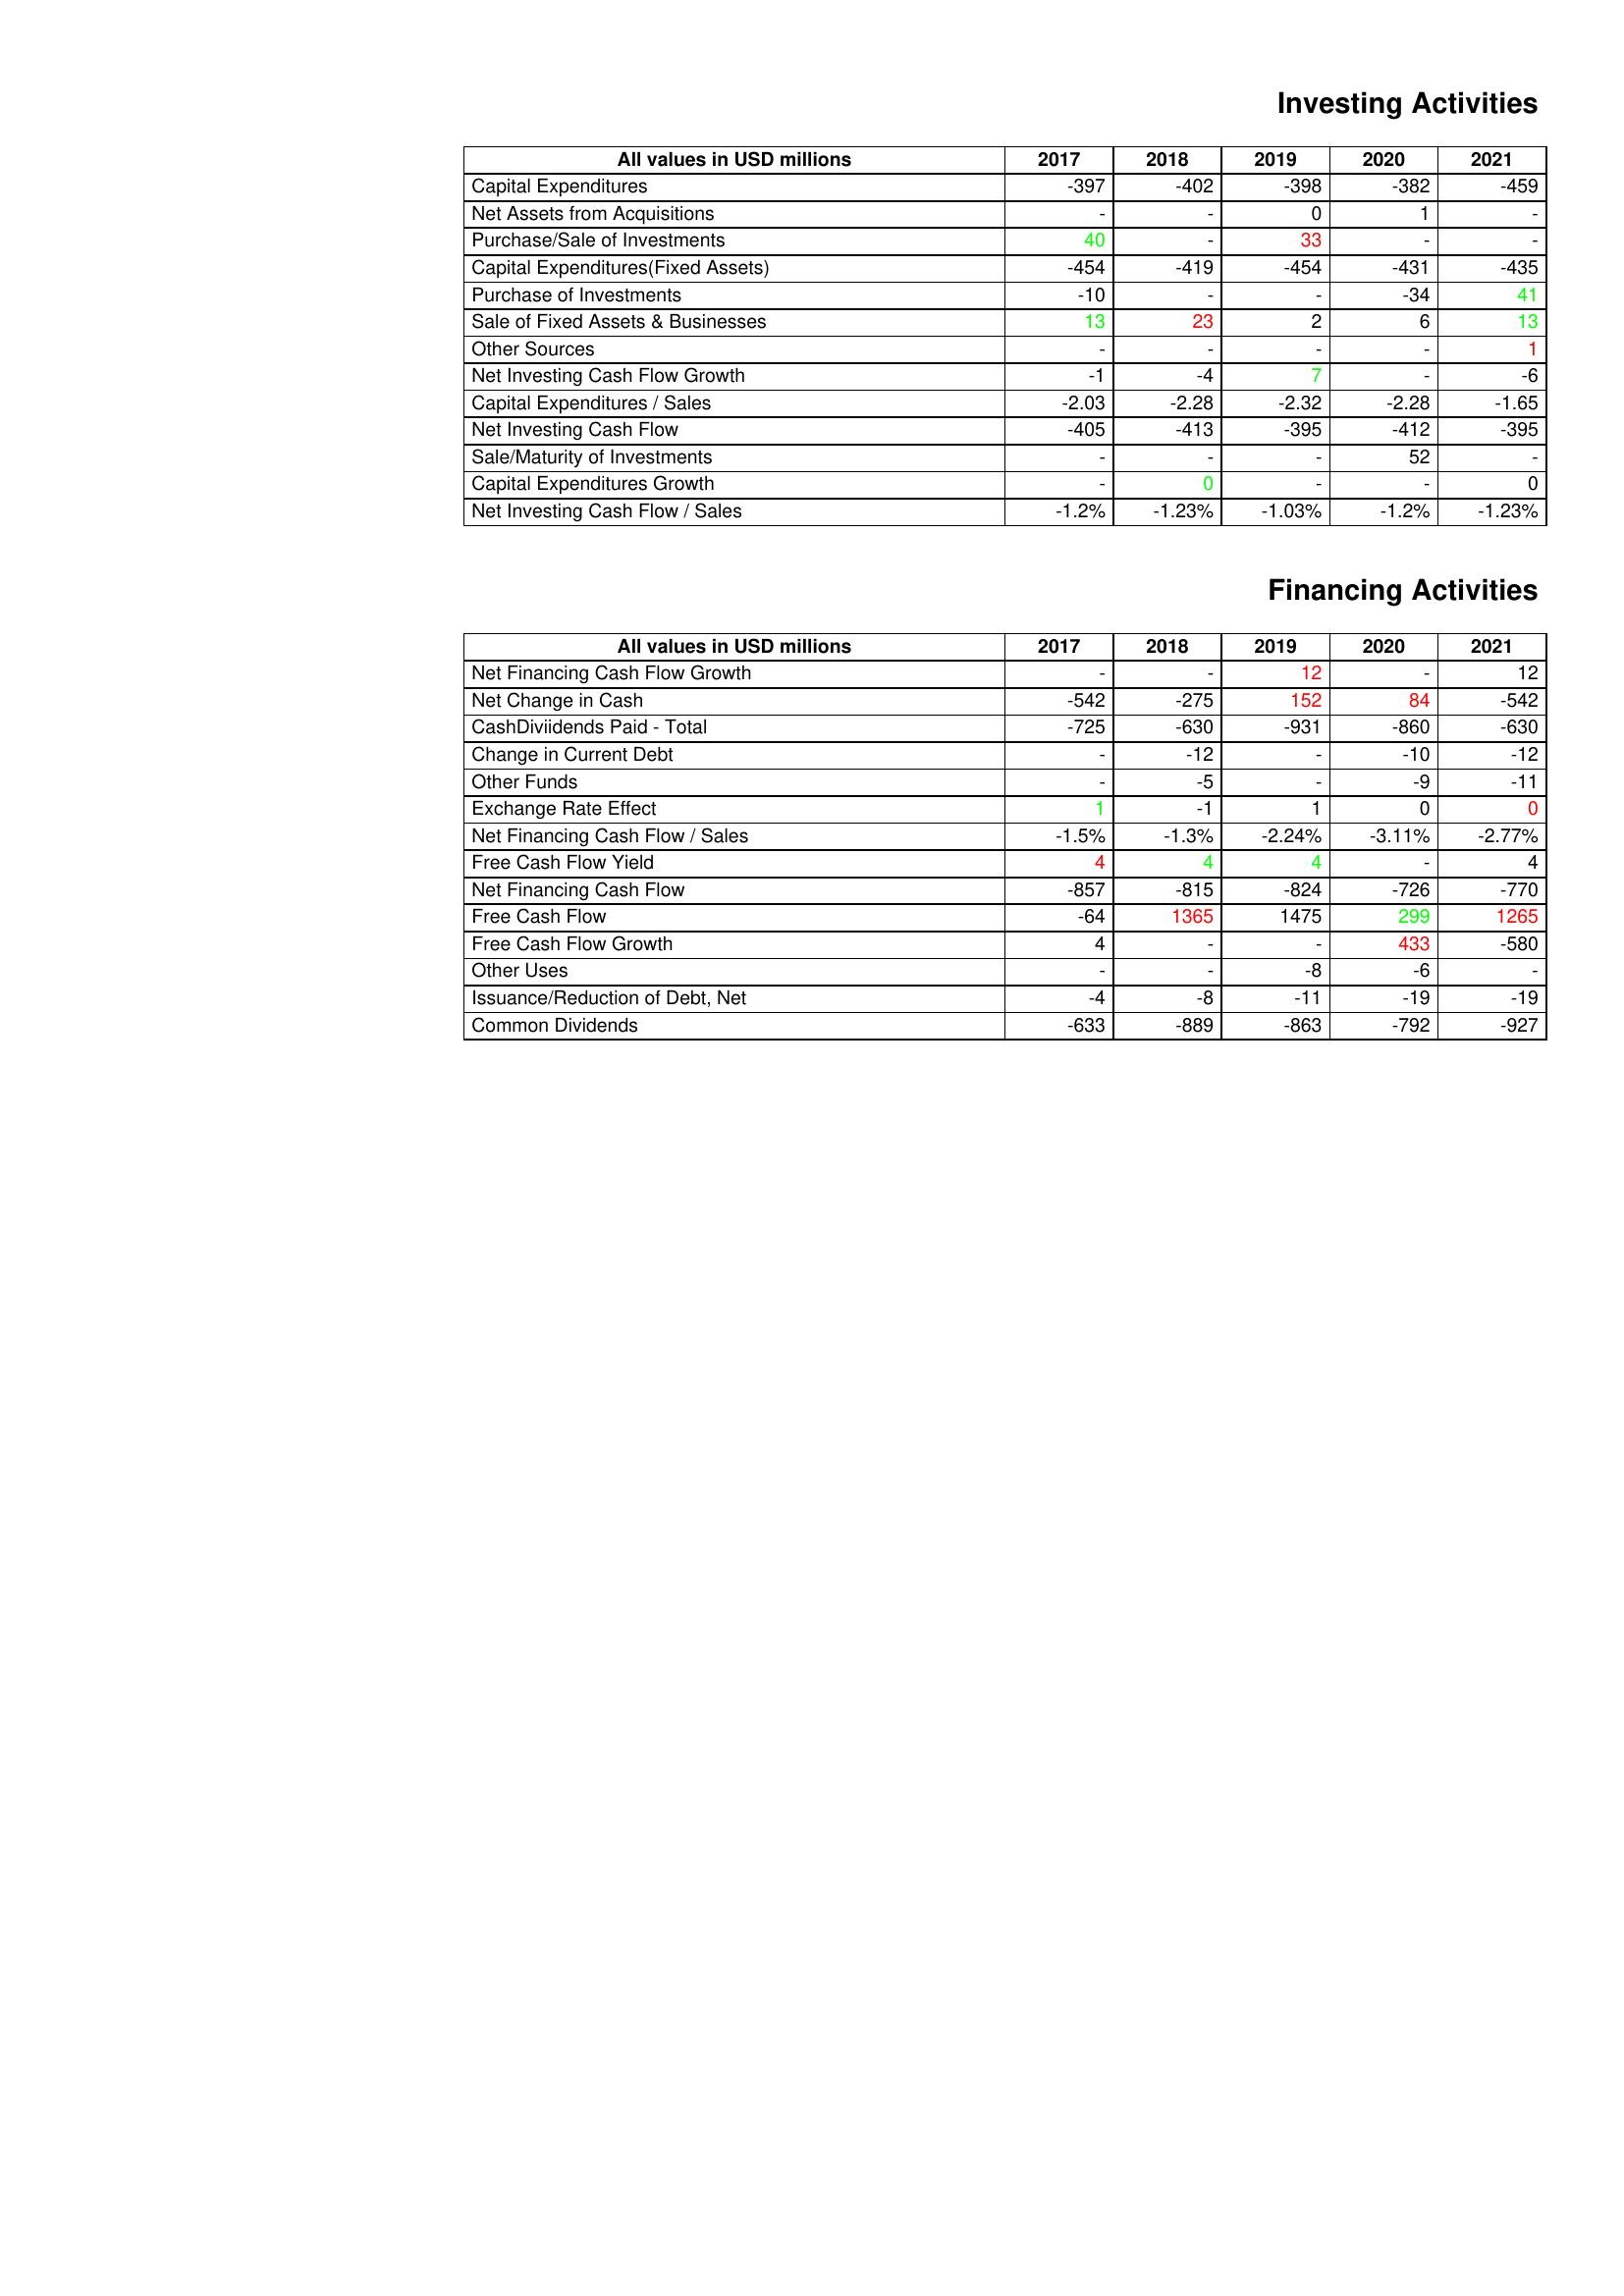
gt_parse: 2017: Investing Activities: Capital Expenditures: -397
Net Assets from Acquisitions: -
Purchase/Sale of Investments: 40
Capital Expenditures(Fixed Assets): -454
Purchase of Investments: -10
Sale of Fixed Assets & Businesses: 13
Other Sources: -
Net Investing Cash Flow Growth: -1
Capital Expenditures / Sales: -2.03
Net Investing Cash Flow: -405
Sale/Maturity of Investments: -
Capital Expenditures Growth: -
Net Investing Cash Flow / Sales: -1.2%
Financing Activities: Net Financing Cash Flow Growth: -
Net Change in Cash: -542
CashDiviidends Paid - Total: -725
Change in Current Debt: -
Other Funds: -
Exchange Rate Effect: 1
Net Financing Cash Flow / Sales: -1.5%
Free Cash Flow Yield: 4
Net Financing Cash Flow: -857
Free Cash Flow: -64
Free Cash Flow Growth: 4
Other Uses: -
Issuance/Reduction of Debt, Net: -4
Common Dividends: -633
2018: Investing Activities: Capital Expenditures: -402
Net Assets from Acquisitions: -
Purchase/Sale of Investments: -
Capital Expenditures(Fixed Assets): -419
Purchase of Investments: -
Sale of Fixed Assets & Businesses: 23
Other Sources: -
Net Investing Cash Flow Growth: -4
Capital Expenditures / Sales: -2.28
Net Investing Cash Flow: -413
Sale/Maturity of Investments: -
Capital Expenditures Growth: 0
Net Investing Cash Flow / Sales: -1.23%
Financing Activities: Net Financing Cash Flow Growth: -
Net Change in Cash: -275
CashDiviidends Paid - Total: -630
Change in Current Debt: -12
Other Funds: -5
Exchange Rate Effect: -1
Net Financing Cash Flow / Sales: -1.3%
Free Cash Flow Yield: 4
Net Financing Cash Flow: -815
Free Cash Flow: 1365
Free Cash Flow Growth: -
Other Uses: -
Issuance/Reduction of Debt, Net: -8
Common Dividends: -889
2019: Investing Activities: Capital Expenditures: -398
Net Assets from Acquisitions: 0
Purchase/Sale of Investments: 33
Capital Expenditures(Fixed Assets): -454
Purchase of Investments: -
Sale of Fixed Assets & Businesses: 2
Other Sources: -
Net Investing Cash Flow Growth: 7
Capital Expenditures / Sales: -2.32
Net Investing Cash Flow: -395
Sale/Maturity of Investments: -
Capital Expenditures Growth: -
Net Investing Cash Flow / Sales: -1.03%
Financing Activities: Net Financing Cash Flow Growth: 12
Net Change in Cash: 152
CashDiviidends Paid - Total: -931
Change in Current Debt: -
Other Funds: -
Exchange Rate Effect: 1
Net Financing Cash Flow / Sales: -2.24%
Free Cash Flow Yield: 4
Net Financing Cash Flow: -824
Free Cash Flow: 1475
Free Cash Flow Growth: -
Other Uses: -8
Issuance/Reduction of Debt, Net: -11
Common Dividends: -863
2020: Investing Activities: Capital Expenditures: -382
Net Assets from Acquisitions: 1
Purchase/Sale of Investments: -
Capital Expenditures(Fixed Assets): -431
Purchase of Investments: -34
Sale of Fixed Assets & Businesses: 6
Other Sources: -
Net Investing Cash Flow Growth: -
Capital Expenditures / Sales: -2.28
Net Investing Cash Flow: -412
Sale/Maturity of Investments: 52
Capital Expenditures Growth: -
Net Investing Cash Flow / Sales: -1.2%
Financing Activities: Net Financing Cash Flow Growth: -
Net Change in Cash: 84
CashDiviidends Paid - Total: -860
Change in Current Debt: -10
Other Funds: -9
Exchange Rate Effect: 0
Net Financing Cash Flow / Sales: -3.11%
Free Cash Flow Yield: -
Net Financing Cash Flow: -726
Free Cash Flow: 299
Free Cash Flow Growth: 433
Other Uses: -6
Issuance/Reduction of Debt, Net: -19
Common Dividends: -792
2021: Investing Activities: Capital Expenditures: -459
Net Assets from Acquisitions: -
Purchase/Sale of Investments: -
Capital Expenditures(Fixed Assets): -435
Purchase of Investments: 41
Sale of Fixed Assets & Businesses: 13
Other Sources: 1
Net Investing Cash Flow Growth: -6
Capital Expenditures / Sales: -1.65
Net Investing Cash Flow: -395
Sale/Maturity of Investments: -
Capital Expenditures Growth: 0
Net Investing Cash Flow / Sales: -1.23%
Financing Activities: Net Financing Cash Flow Growth: 12
Net Change in Cash: -542
CashDiviidends Paid - Total: -630
Change in Current Debt: -12
Other Funds: -11
Exchange Rate Effect: 0
Net Financing Cash Flow / Sales: -2.77%
Free Cash Flow Yield: 4
Net Financing Cash Flow: -770
Free Cash Flow: 1265
Free Cash Flow Growth: -580
Other Uses: -
Issuance/Reduction of Debt, Net: -19
Common Dividends: -927